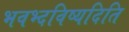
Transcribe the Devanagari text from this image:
भवभ्दविष्यदिति